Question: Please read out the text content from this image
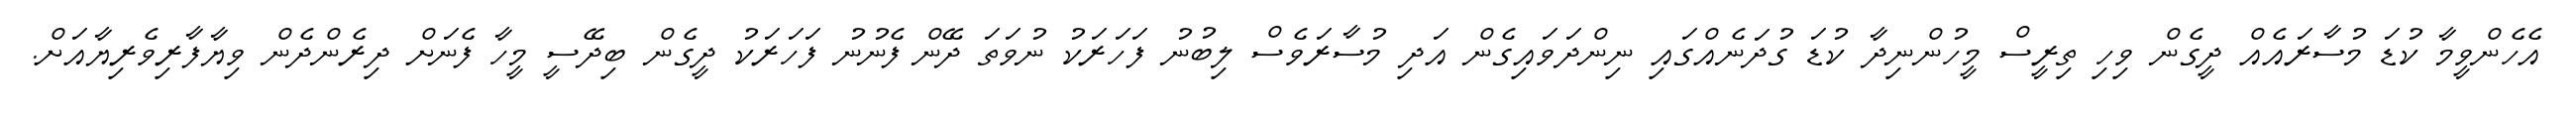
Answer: އެހެންވީމާ ކުޑަ މުސާރައެއް ދީގެން ވިހި ތިރީސް މީހުންނިދާ ކުޑަ ގުދަނެއްގައި ނިންދަވައިގެން އަދި މުސާރަވެސް ލިބުނު ފަހަރަކު ނުވަތަ ދޭން ފެނުނު ފަހަރަކު ދީގެން ބިދޭސީ މީހާ ފެނަށް ދިރެންދެން ވިޔާފާރިވެރިޔާއަށް.